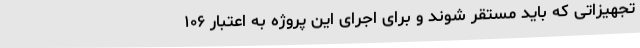
تجهیزاتی که باید مستقر شوند و برای اجرای این پروژه به اعتبار ۱۰۶